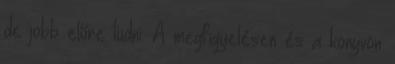
de jobb előre tudni. A megfigyelésen és a könyvön